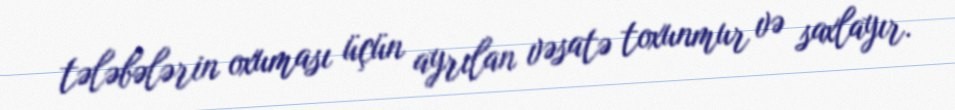
tələbələrin oxuması üçün ayrılan vəsatə toxunmur və saxlayır.